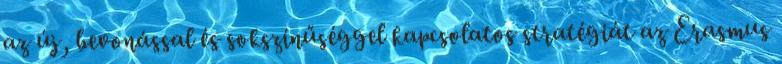
az új, bevonással és sokszínűséggel kapcsolatos stratégiát az Erasmus